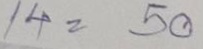
14 = 50